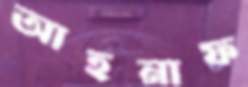
আহনাফ